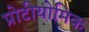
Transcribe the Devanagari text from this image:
प्रोटीयोमिक